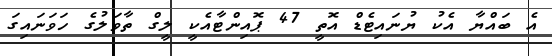
އެ ބައްޔާ އެކު ޔުނައިޓެޑް އޮތީ 47 ޕޮއިންޓާއެކީ ލީގް ތާވަލުގެ ހަވަނައިގަ